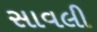
સાવલી